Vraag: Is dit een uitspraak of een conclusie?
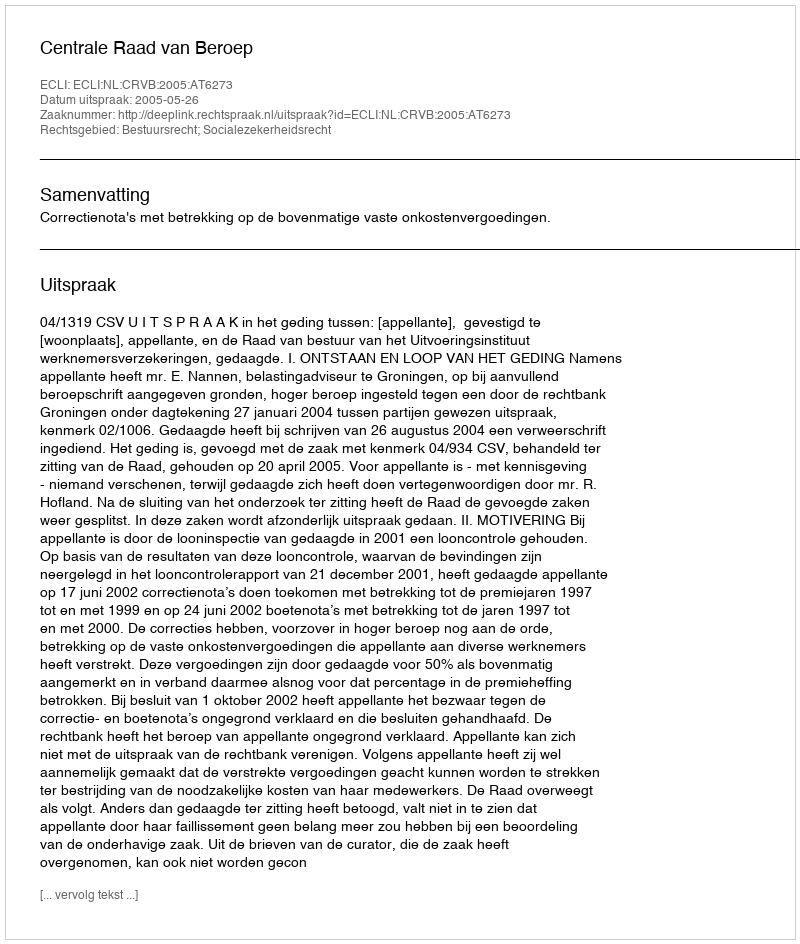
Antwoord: Uitspraak